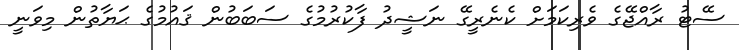
ސޭޓު ރާއްޖޭގެ ވެރިކަމަށް ކެނެރީގޭ ނަޝީދު ފާކުރުމުގެ ސަބަބުން ޤައުމުގެ ޙަޔާތުން މިވަނީ